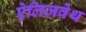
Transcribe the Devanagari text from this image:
ऐलिज़वेथ